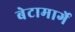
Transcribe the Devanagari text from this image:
बेटामार्गे